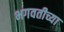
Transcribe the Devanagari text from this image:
भगवतीच्या